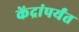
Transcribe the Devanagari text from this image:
केंद्रांपर्यंत